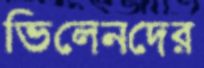
ভিলেনদের